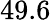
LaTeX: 49.6